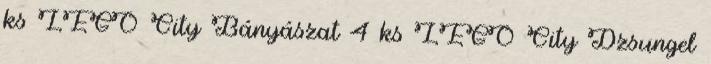
ks LEGO City Bányászat 4 ks LEGO City Dzsungel